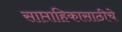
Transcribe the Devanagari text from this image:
साप्ताहिकासाठीचे